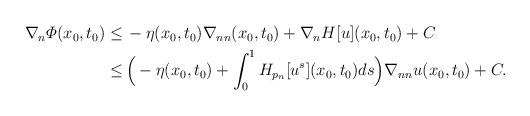
LaTeX: \begin{align*}\begin{aligned} \nabla_n \varPhi (x_0, t_0) \leq \,& - \eta (x_0, t_0) \nabla_{nn} (x_0, t_0) + \nabla_n H [u] (x_0, t_0) + C \\ \leq \,& \Big(- \eta (x_0, t_0) + \int _0^1 H_{p_n} [u^s] (x_0, t_0) ds\Big) \nabla_{nn} u (x_0, t_0) + C. \end{aligned} \end{align*}